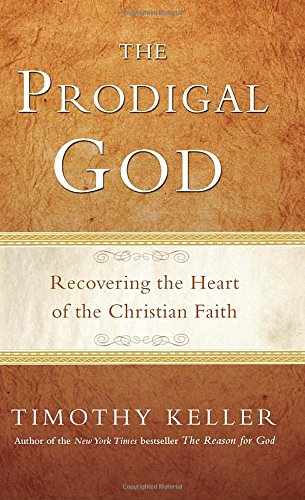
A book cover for The Prodigal God: Recovering the Heart of the Christian Faith; Timothy Keller; Christian Books & Bibles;